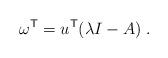
LaTeX: \begin{align*}\omega^{\sf T} = u^{\sf T} (\lambda I - A) \;.\end{align*}